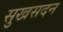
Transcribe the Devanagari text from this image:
सुखसदन